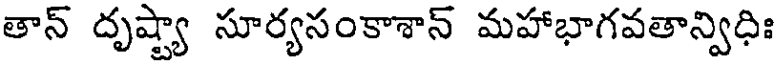
తాన్ దృష్ట్యా సూర్యసంకాశాన్ మహాభాగవతాన్విధిః